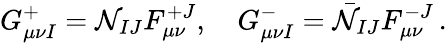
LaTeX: G_{\mu\nu I}^{+}={\cal N}_{IJ}F_{\mu\nu}^{+J},\quad G_{\mu\nu I}^{-}=\bar{\cal N}_{IJ}F_{\mu\nu}^{-J}\, .